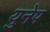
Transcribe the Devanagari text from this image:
युनेप